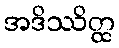
အဒိဿိတ္ထ